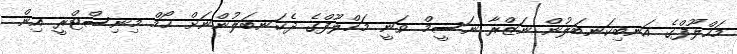
މަހްލޫފްގެ އަނބިކަނބަލުން ނަޒްރާ ނަސީމް ވަނީ މަހްލޫފްގެ ދެކަނބަލުންނަށް ހޯމް މިނިސްޓްރީ އިން